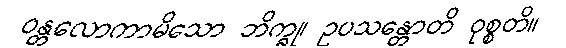
ဝန္တလောကာမိသော ဘိက္ခု၊ ဥပသန္တောတိ ဝုစ္စတိ။